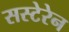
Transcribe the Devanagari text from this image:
सस्टेरेन